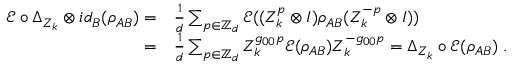
\begin{array} { r l } { \mathcal { E } \circ \Delta _ { Z _ { k } } \otimes i d _ { B } ( \rho _ { A B } ) = } & { \frac 1 d \sum _ { p \in \mathbb { Z } _ { d } } \mathcal { E } ( ( Z _ { k } ^ { p } \otimes I ) \rho _ { A B } ( Z _ { k } ^ { - p } \otimes I ) ) } \\ { = } & { \frac 1 d \sum _ { p \in \mathbb { Z } _ { d } } Z _ { k } ^ { g _ { 0 0 } p } \mathcal { E } ( \rho _ { A B } ) Z _ { k } ^ { - g _ { 0 0 } p } = \Delta _ { Z _ { k } } \circ \mathcal E ( \rho _ { A B } ) \; . } \end{array}